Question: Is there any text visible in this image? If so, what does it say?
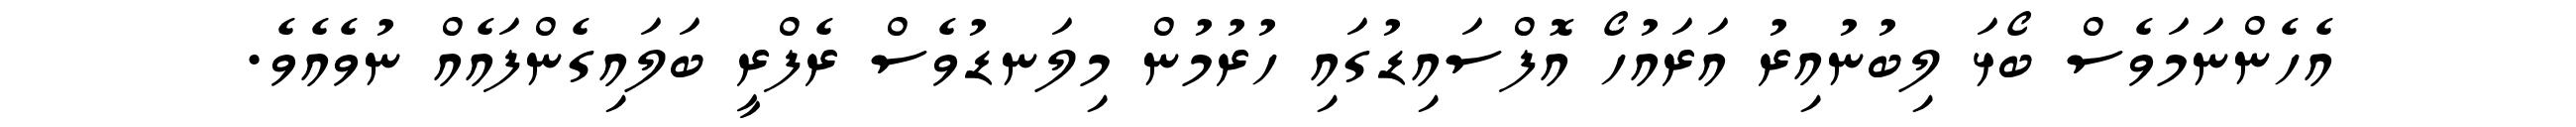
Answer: އެހެންނަމަވެސް ބޯޅަ ލިބުނުއިރު އަރައުހޯ އޮފްސައިޑުގައި ހުރުމުން މިލަނޑުވެސް ރެފްރީ ބަލައިގެންފައެއް ނުވެއެވެ.